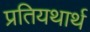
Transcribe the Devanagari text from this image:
प्रतियथार्थ